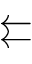
\leftleftarrows